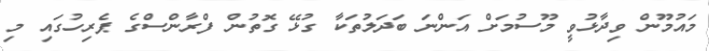
މައުމޫން ވިދާޅުވީ މޫސުމަށް އަންނަ ބަދަލުތަކާ ގުޅޭ ގޮތުން ފްރާންސްގެ ޕެރިހުގައި މި